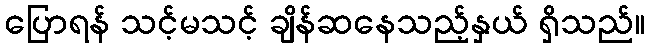
ပြောရန် သင့်မသင့် ချိန်ဆနေသည့်နှယ် ရှိသည်။